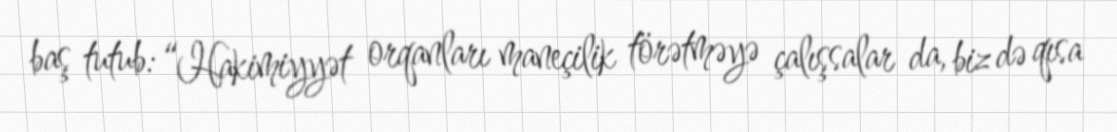
baş tutub: “Hakimiyyət orqanları maneçilik törətməyə çalışsalar da, biz də qısa